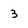
Character: 3